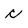
Character: c